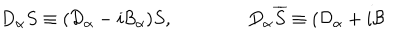
D _ { \alpha } S \equiv ( \mathcal { D } _ { \alpha } - i \mathcal { B } _ { \alpha } ) S , \qquad \qquad D _ { \alpha } \overline { { { S } } } \equiv ( \mathcal { D } _ { \alpha } + i \mathcal { B }